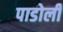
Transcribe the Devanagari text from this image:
पाडोली